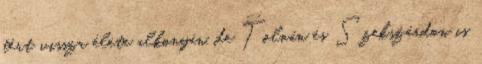
tért vissza élete alkonyán, de Tolnán és Szekszárdon is